Vaccination in the Punjab 1883-1896 - 1883-1896
Year: 1883
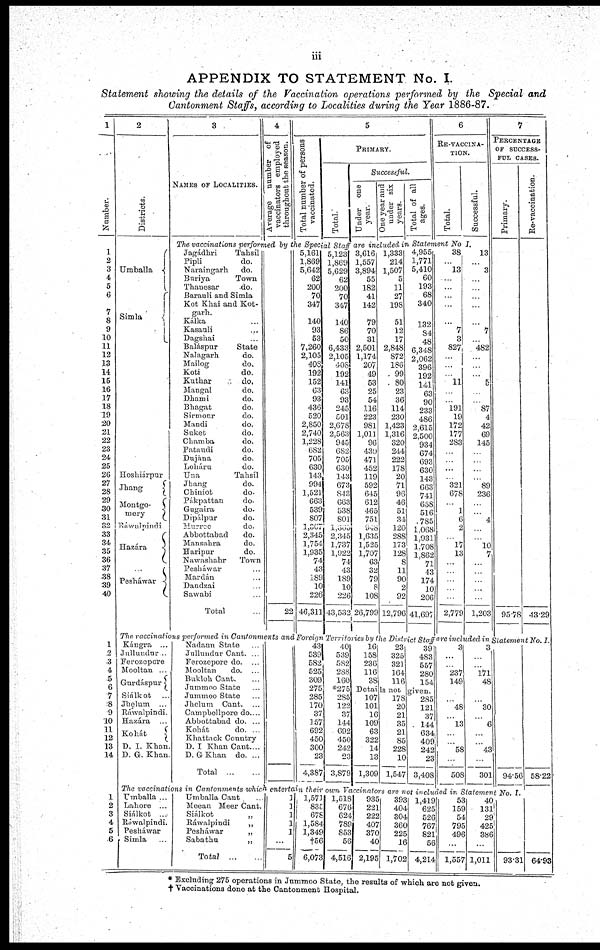
iii
APPENDIX TO STATEMENT No. I.
Statement showing the details of the Vaccination operations performed by the Special and
Cantonment Staffs, according to Localities during the Year 1886-87.
1
Number.
1
2
3
4
5
6
7
8
9
10
11
12
13
14
15
16
17
18
19
20
21
22
23
24
25
26
27
28
29
30
31
32
33
34
35
36
37
38
39
40
1
2
3
4
5
6
7
8
9
10
11
12
13
14
1
2
3
4
5
6
2
Districts.
Umballa
Simla
Hoshiárpur
Jhang
Montgo¬
mery
Ráwalpindi
Hazára
...
Pesháwar
3
NAMES OF LOCALITIES.
4
Average
number of
vaccinators employed
throughout the season.
5
Total number of persons
vaccinated.
PRIMARY.
Total
Successful.
Under one
year.
One year and
under six
years.
Total of all
ages.
6
RE-VACCINA¬
TION.
Total.
Successful.
The vaccinations performed by the Special Staff are included in Statement No I.
Jagádhri
Tahsíl
Pipli
do.
Naraingarh
do.
Buriya
Town
Thanesar
do.
Barauli and Simla
Kot Khai and Kot¬
garh.
Kálka ...
Kasauli ...
Dagshai ...
Baláspur
State
Nalagarh
do.
Mailog
do.
Koti
do.
Kuthar
do.
Mangal
do.
Dhami
do.
Bhagat
do.
Sirmour
do.
Mandi
do.
Suket
do.
Chamba
do.
Pataudi
do.
Dujána
do.
Loháru
do.
Una
Tahsíl
Jhang
do.
Chiniot
do-
Pákpattan
do.
Gugaira
do.
Dípálpur
do.
Murree
do.
Abbottabad
do.
Mansahra
do.
Haripur
do.
Nawashahr
Town
Pesháwar ...
Mardán ...
Daudzai ...
Sawabi ...
Total ...
...
...
...
...
...
...
...
...
...
...
...
...
...
...
...
...
...
...
...
...
...
...
...
...
...
...
...
...
...
...
...
...
...
...
...
...
...
...
...
...
22
5,161
1,869
5,642
62
200
70
347
140
93
53
7,260
2,105
408
192
152
63
93
436
520
2,850
2,740
1,228
682
705
630
143
994
1,521
663
539
807
1,367
2,345
1,754
1,935
74
43
189
10
226
46,311
5,123
1,869
5,629
62
200
70
347
140
86
50
6,433
2,105
408
192
141
63
93
245
501
2,678
2,563
945
682
705
630
143
673
843
663
538
801
1,355
2,345
1,737
1,922
74
43
189
10
226
43,532
3,616
1,557
3,894
55
182
41
142
79
70
31
2,501
1,174
207
49
53
25
54
116
223
981
1,011
96
430
471
452
119
592
645
612
465
751
948
1,635
1,525
1,707
63
32
79
8
108
26,799
1,333
214
1,507
5
11
27
198
51
12
17
2,848
872
186
99
80
23
36
114
230
1,423
1,316
320
244
222
178
20
71
96
46
51
34
120
288
173
128
8
11
90
2
92
12,796
4,955
1,771
5,410
60
193
68
340
132
84
48
6,348
2,062
396
192
141
63
90
233
486
2,615
2,500
934
674
693
630
143
663
741
658
516
785
1,068
1,931
1,708
1,862
71
43
174
10
206
41,697
38
...
13
...
...
...
...
...
7
3
827
...
...
...
11
...
...
191
19
172
177
283
...
...
...
...
321
678
...
1
6
2
...
17
13
...
...
...
...
...
2,779
13
...
3
...
...
...
...
...
7
...
482
...
...
...
5
...
...
87
4
42
69
145
...
...
...
...
89
236
...
4
...
...
10
7
...
...
...
...
...
1,203
7
PERCENTAGE
OF SUCCESS-
FUL CASES.
Primary.
...
...
...
...
...
...
...
...
...
...
...
...
...
...
...
...
...
...
...
...
...
...
...
...
...
...
...
...
...
...
...
...
...
...
...
...
...
...
...
...
95.78
Re-vaccination.
...
...
...
...
...
...
...
...
...
...
...
...
...
...
...
...
...
...
...
...
...
...
...
...
...
...
...
...
...
...
...
...
...
...
...
...
...
...
...
...
43.29
The vaccinations performed in Cantonments and Foreign Territories by the District Staff are included in Statement No. I.
Kángra ...
Jullundur ...
Ferozepore ...
Mooltan ...
Gurdáspur ...
Siálkot
...
Jhelum ...
Ráwalpindi.
Hazára ...
Kohát
...
D. I. Khan ...
D. G. Khan ...
Nadaun State ...
Jallundur Cant. ...
Ferozepore do. ...
Mooltan
do. ...
Bukloh Cant. ...
Jummoo State ...
Jummoo State ...
Jhelum Cant. ...
Campbellpore do. ...
Abbottabad do. ...
Kohát
do. ...
Khattack Country ...
D. I Khan Cant. ...
D. G Khan do. ...
Total
...
...
...
...
...
...
...
...
...
...
...
...
...
...
...
...
43
539
582
525
309
275
285
170
37
157
692
450
300
23
4,387
40
539
582
288
160
*275
285
122
37
144
692
450
242
23
3,879
16
158
236
116
38
23
325
321
164
116
39
483
557
280
154
Detail is not given.
107
101
16
109
63
322
14
13
1,309
178
20
21
35
21
85
228
10
1,547
285
121
37
144
634
409
242
23
3,408
3
...
...
237
149
...
...
48
...
13
...
...
58
...
508
3
...
...
l7l
48
...
...
30
...
6
...
...
43
...
301
...
...
...
...
...
...
...
...
...
...
...
...
...
...
94.56
The vaccinations in Cantonments which entertain their own Vaccinators are not included in Statement No I
Umballa ...
Lahore ...
Siálkot
...
Ráwalpindi.
Pesháwar ...
Simla ...
Umballa Cant . ...
Meean Meer Cant. ...
Siálkot
„
...
Ráwalpindi „ ...
Pesháwar „ ...
Sabathu
„
...
Total
...
...
1
1
1
1
1
...
5
1,571
835
678
1,584
1,349
†56
6,073
1,518
676
624
789
853
56
4,516
935
221
222
407
370
40
2,195
393
404
304
360
225
16
1,702
1,419
625
526
767
821
56
4,214
53
159
54
795
496
...
1,557
40
131
29
425
386
...
1,011
...
...
...
...
...
...
93.31
...
...
...
...
...
...
...
...
...
...
...
...
...
...
58.22
...
...
...
...
...
...
64.93
* Excluding 275 operations in Jummoo State, the results of which are not given.
† Vaccinations done at the Cantonment Hospital.